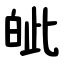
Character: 皉